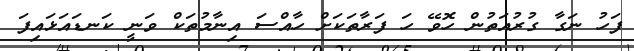
ފަހު ނަގާ ގުރުއަތުން ހޮވޭ ހަ ފަރާތަކަށް ހާއްސަ އިނާމުތަކް ވަނީ ކަނޑައަޅައިފަ